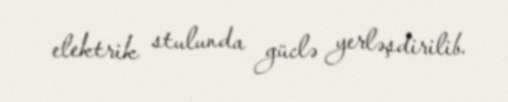
elektrik stulunda güclə yerləşdirilib.